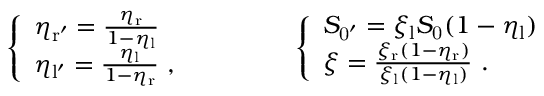
\left\{ \begin{array} { l l } { \eta _ { \mathrm { r ^ { \prime } } } = \frac { \eta _ { \mathrm { r } } } { 1 - \eta _ { \mathrm { l } } } } \\ { \eta _ { \mathrm { l ^ { \prime } } } = \frac { \eta _ { \mathrm { l } } } { 1 - \eta _ { \mathrm { r } } } \ , } \end{array} \right. \qquad \qquad \left\{ \begin{array} { l l } { S _ { \mathrm { 0 ^ { \prime } } } = \xi _ { \mathrm { l } } S _ { \mathrm { 0 } } ( 1 - \eta _ { \mathrm { l } } ) } \\ { \xi = \frac { \xi _ { \mathrm { r } } ( 1 - \eta _ { \mathrm { r } } ) } { \xi _ { \mathrm { l } } ( 1 - \eta _ { \mathrm { l } } ) } \ . } \end{array} \right.